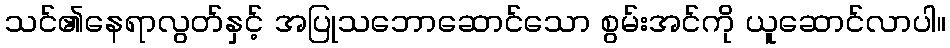
သင်၏နေရာလွတ်နှင့် အပြုသဘောဆောင်သော စွမ်းအင်ကို ယူဆောင်လာပါ။